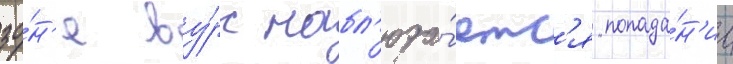
зо́н'е ву́рс набл'юда́етс'я попада́н'ие